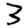
Digit: 3